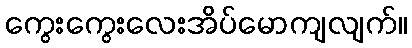
ကွေးကွေးလေးအိပ်မောကျလျက်။